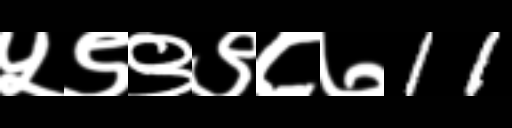
Text: ५९९९८७11